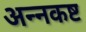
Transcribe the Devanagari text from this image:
अन्नकष्ट